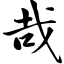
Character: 哉